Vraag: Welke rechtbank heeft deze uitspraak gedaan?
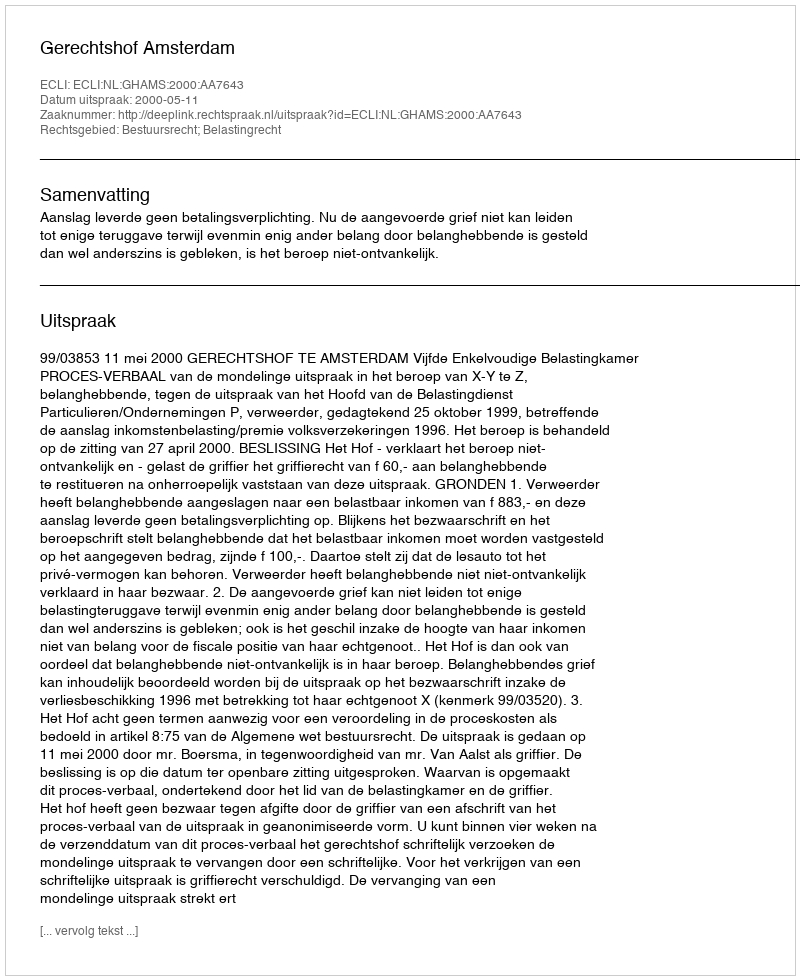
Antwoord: Gerechtshof Amsterdam